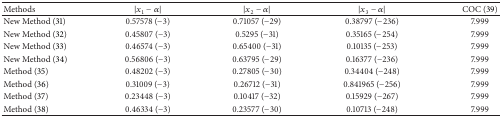
<table><thead><tr><td><b> Methods </b></td><td><b>|<i>x</i><sub>1</sub> − α|</b></td><td><b>|<i>x</i><sub>2</sub> − α|</b></td><td><b>|<i>x</i><sub>3</sub> − α|</b></td><td><b> COC (39) </b></td></tr></thead><tbody><tr><td> New Method (31) </td><td> 0.57578 (−3) </td><td> 0.71057 (−29) </td><td> 0.38797 (−236) </td><td> 7.999 </td></tr><tr><td> New Method (32) </td><td> 0.45807 (−3) </td><td> 0.5295 (−31) </td><td> 0.35165 (−254) </td><td> 7.999 </td></tr><tr><td> New Method (33) </td><td>0.46574 (−3) </td><td> 0.65400 (−31)</td><td> 0.10135 (−253)</td><td> 7.999</td></tr><tr><td> New Method (34) </td><td>0.56806 (−3) </td><td> 0.63795 (−29)</td><td> 0.16377 (−236)</td><td> 7.999</td></tr><tr><td> Method (35) </td><td> 0.48202 (−3) </td><td> 0.27805 (−30) </td><td> 0.34404 (−248) </td><td> 7.999</td></tr><tr><td> Method (36)</td><td> 0.31009 (−3) </td><td> 0.26712 (−31) </td><td> 0.841965 (−256) </td><td> 7.999</td></tr><tr><td> Method (37) </td><td> 0.23448 (−3) </td><td> 0.10417 (−32) </td><td> 0.15929 (−267) </td><td> 7.999</td></tr><tr><td> Method (38) </td><td> 0.46334 (−3) </td><td> 0.23577 (−30) </td><td> 0.10713 (−248) </td><td> 7.999</td></tr></tbody></table>